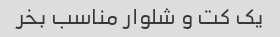
یک کت و شلوار مناسب بخر